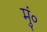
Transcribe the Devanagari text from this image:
मुं०